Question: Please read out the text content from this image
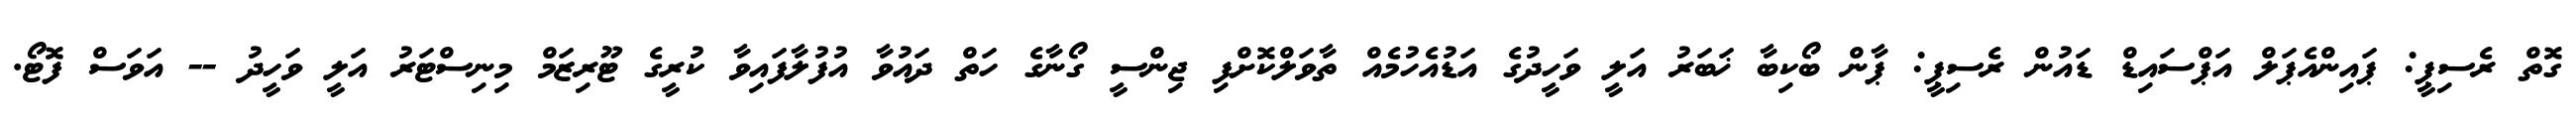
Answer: ގޮތް ރެސިޕީ: ޕައިންއެޕަލް އަޕްސައިޑް ޑައުން ރެސިޕީ: ޕާން ބޯކިބާ ޚަބަރު އަލީ ވަހީދުގެ އަޑުއެހުމެއް ތާވަލްކޮށްފި ޖިންސީ ގޯނާގެ ހަތް ދައުވާ އުފުލާފައިވާ ކުރީގެ ޓޫރިޒަމް މިނިސްޓަރު އަލީ ވަހީދު -- އަވަސް ފޮޓޯ.